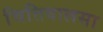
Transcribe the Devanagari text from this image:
चित्तिवालसा